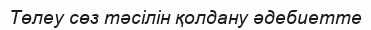
Төлеу сөз тәсілін қолдану әдебиетте